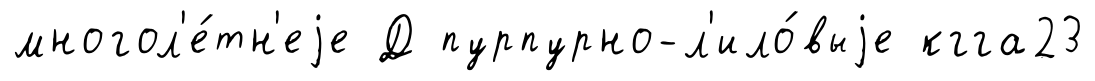
многол'е́тн'еjе Д пурпурно-л'ило́выjе кгга23